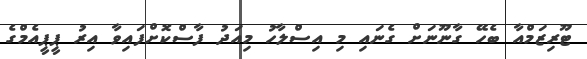
ޓޫރިޒަމްއާ ބެހޭ ގާނޫނަށް ގެނައި މި އިސްލާހު މިއަދު ފާސްކޮށްފައިވާ އިރު ޕީޕީއެމްގެ